Indian journal of veterinary science and animal husbandry - Volumes 26-27, 1956-1957
Year: 1956
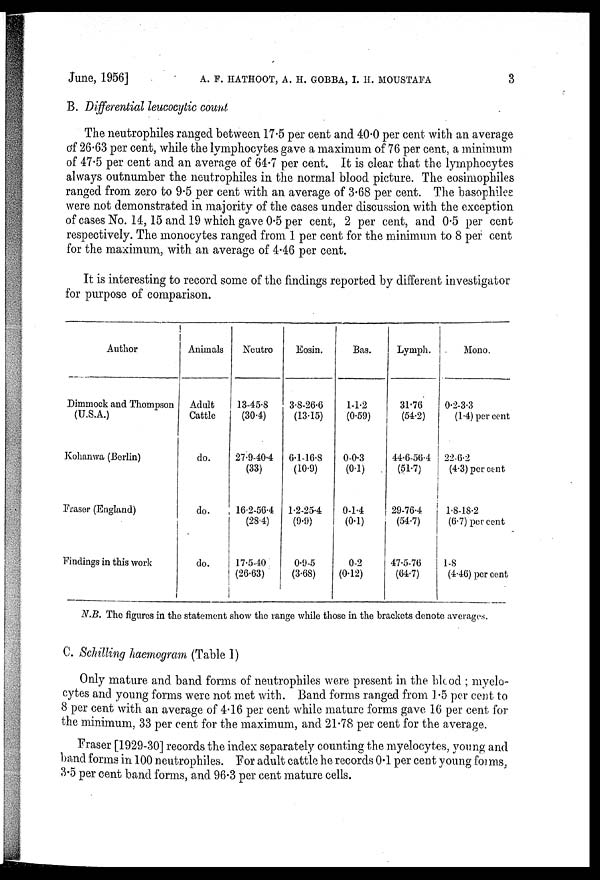
June, 1956] A. F. HATHOOT, A. H. GOBBA, I. H. MOUSTAFA 3
B. Differential leucocytic count
The neutrophiles ranged between 17.5 per cent and 40.0 per cent with an average
of 26.63 per cent, while the lymphocytes gave a maximum of 76 per cent, a minimum
of 47.5 per cent and an average of 64.7 per cent. It is clear that the lymphocytes
always outnumber the neutrophiles in the normal blood picture. The eosimophiles
ranged from zero to 9.5 per cent with an average of 3.68 per cent. The basophiles
were not demonstrated in majority of the cases under discussion with the exception
of cases No. 14, 15 and 19 which gave 0.5 per cent, 2 per cent, and 0.5 per cent
respectively. The monocytes ranged from 1 per cent for the minimum to 8 per cent
for the maximum, with an average of 4.46 per cent.
It is interesting to record some of the findings reported by different investigator
for purpose of comparison.
Author
Dimmock and Thompson
(U.S.A.)
Kohanwa (Berlin)
Fraser (England)
Findings in this work
Animals
Adult
Cattle
do.
do.
do.
Neutro
13-45.8
(30.4)
27.9-40.4
(33)
16.2-56.4
(28.4)
17.5-40
(26.63)
Eosin.
3.8-26.6
(13.15)
6.1-16.8
(10.9)
1.2-25.4
(9.9)
0.9-5
(3.68)
Bas.
1-1.2
(0.59)
0-0.3
(0.1)
0-1.4
(0.1)
0-2
(0.12)
Lymph.
31.76
(54.2)
44.6-56.4
(51.7)
29-76.4
(54.7)
47.5-76
(64.7)
Mono.
0.2-3.3
(1.4) per cent
22-6.2
(4.3) per cent
1.8-18.2
(6.7) per cent
1-8
(4.46) per cent
N.B. The figures in the statement show the range while those in the brackets denote averages.
C. Schilling haemogram (Table 1)
Only mature and band forms of neutrophiles were present in the blood ; myelo-
cytes and young forms were not met with. Band forms ranged from 1.5 per cent to
8 per cent with an average of 4.16 per cent while mature forms gave 16 per cent for
the minimum, 33 per cent for the maximum, and 21.78 per cent for the average.
Fraser [1929-30] records the index separately counting the myelocytes, young and
band forms in 100 neutrophiles. For adult cattle he records 0.1 per cent young forms,
3.5 per cent band forms, and 96.3 per cent mature cells.